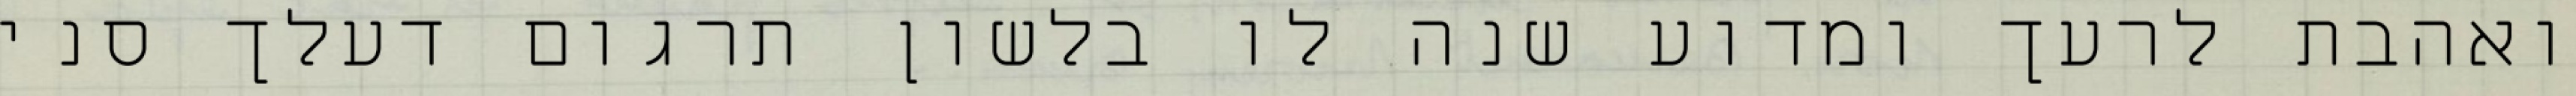
ואהבת לרעך ומדוע שנה לו בלשון תרגום דעלך סני